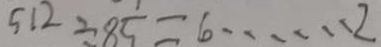
5 1 2 \div 8 5 = 6 \cdots 2